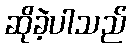
ဆိုခဲ့ပါသည်